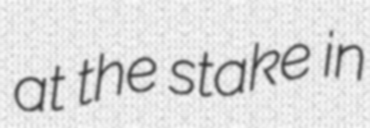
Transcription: at the stake in